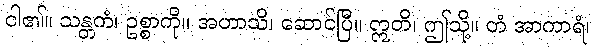
ငါ၏။ သန္တကံ၊ ဥစ္စာကို။ အဟာသိ၊ ဆောင်ပြီ။ ဣတိ၊ ဤသို့။ တံ အာကာရံ၊